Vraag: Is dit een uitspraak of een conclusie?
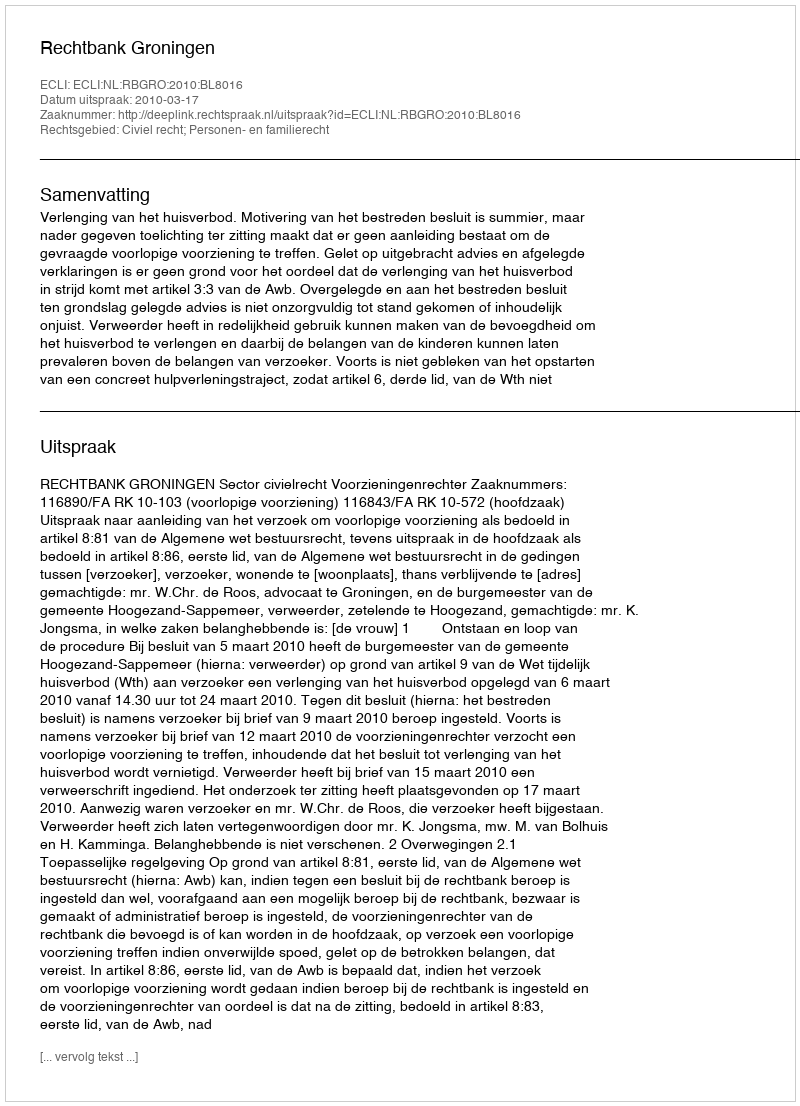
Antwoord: Uitspraak